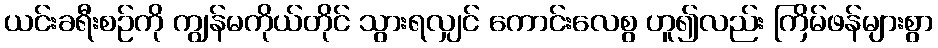
ယင်းခရီးစဉ်ကို ကျွန်မကိုယ်တိုင် သွားရလျှင် ကောင်းလေစွ ဟူ၍လည်း ကြိမ်ဖန်များစွာ